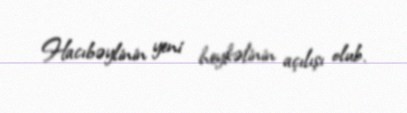
Hacıbəylinin yeni heykəlinin açılışı olub.